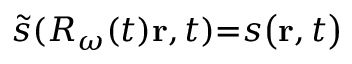
\widetilde { s } ( \ensuremath { R _ { \omega } } ( t ) \mathbf { r } , t ) { = } s \big ( \mathbf { r } , t \big )